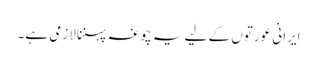
ایرانی عورتوں کے لیے یہ چوغہ پہننا لازمی ہے۔